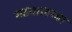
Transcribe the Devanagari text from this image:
गढवालच्या